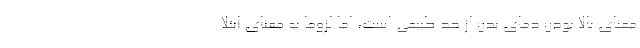
معنای بالا بودن دمای بدن از حد طبیعی است، اما لزوما به معنای ابتلا